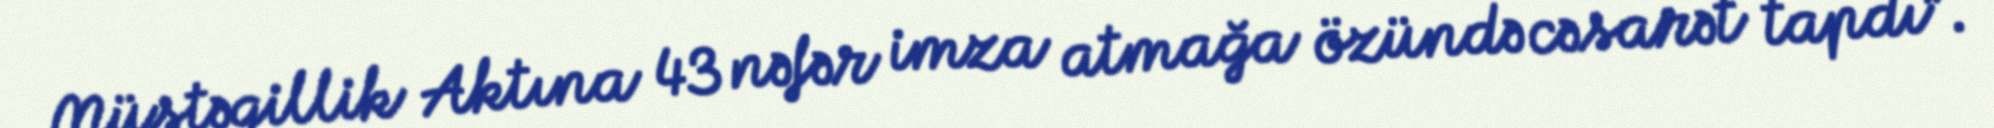
Müstəqillik Aktına 43 nəfər imza atmağa özündə cəsarət tapdı”.